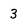
Character: 3